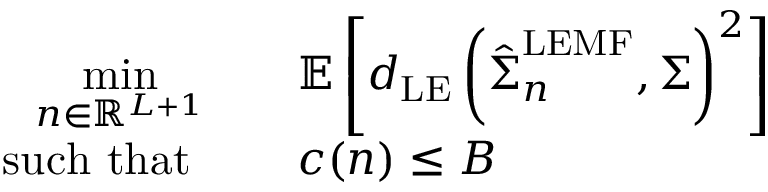
\begin{array} { r l } { \underset { { \boldsymbol { n } } \in \mathbb { R } ^ { L + 1 } } { \operatorname* { m i n } } } & { \quad \mathbb { E } \left[ d _ { \mathrm { L E } } \left( \hat { { \boldsymbol { \Sigma } } } _ { { \boldsymbol { n } } } ^ { \mathrm { L E M F } } , { \boldsymbol { \Sigma } } \right) ^ { 2 } \right] } \\ { \mathrm { ~ s u c h ~ t h a t ~ } } & { \quad c ( \boldsymbol { n } ) \le B \, } \end{array}